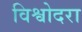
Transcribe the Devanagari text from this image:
विश्वोदरा